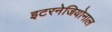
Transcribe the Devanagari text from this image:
इटरनेजियोनाल